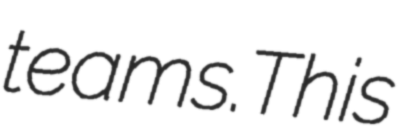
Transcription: teams.This